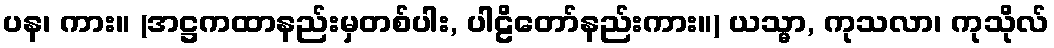
ပန၊ ကား။ (အဋ္ဌကထာနည်းမှတစ်ပါး, ပါဠိတော်နည်းကား။) ယသ္မာ, ကုသလာ၊ ကုသိုလ်